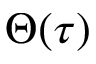
\Theta ( \tau )